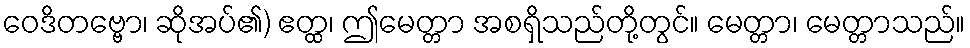
ဝေဒိတဗ္ဗော၊ ဆိုအပ်၏) ဧတ္ထ၊ ဤမေတ္တာ အစရှိသည်တို့တွင်။ မေတ္တာ၊ မေတ္တာသည်။